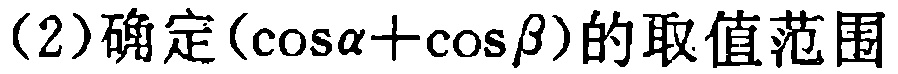
(2)确定\((\cos\alpha+\cos\beta)\)的取值范围